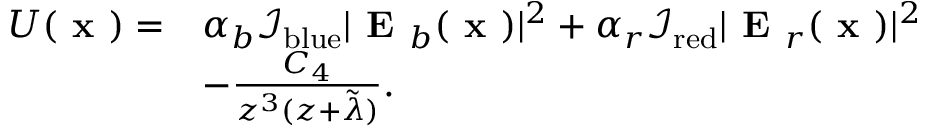
\begin{array} { r l } { U ( \textbf { x } ) = } & { \alpha _ { b } \mathcal { I } _ { \mathrm { b l u e } } | \textbf { E } _ { b } ( \textbf { x } ) | ^ { 2 } + \alpha _ { r } \mathcal { I } _ { \mathrm { r e d } } | \textbf { E } _ { r } ( \textbf { x } ) | ^ { 2 } } \\ & { - \frac { C _ { 4 } } { z ^ { 3 } ( z + \tilde { \lambda } ) } . } \end{array}